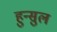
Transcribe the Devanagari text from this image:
हुन्सुल